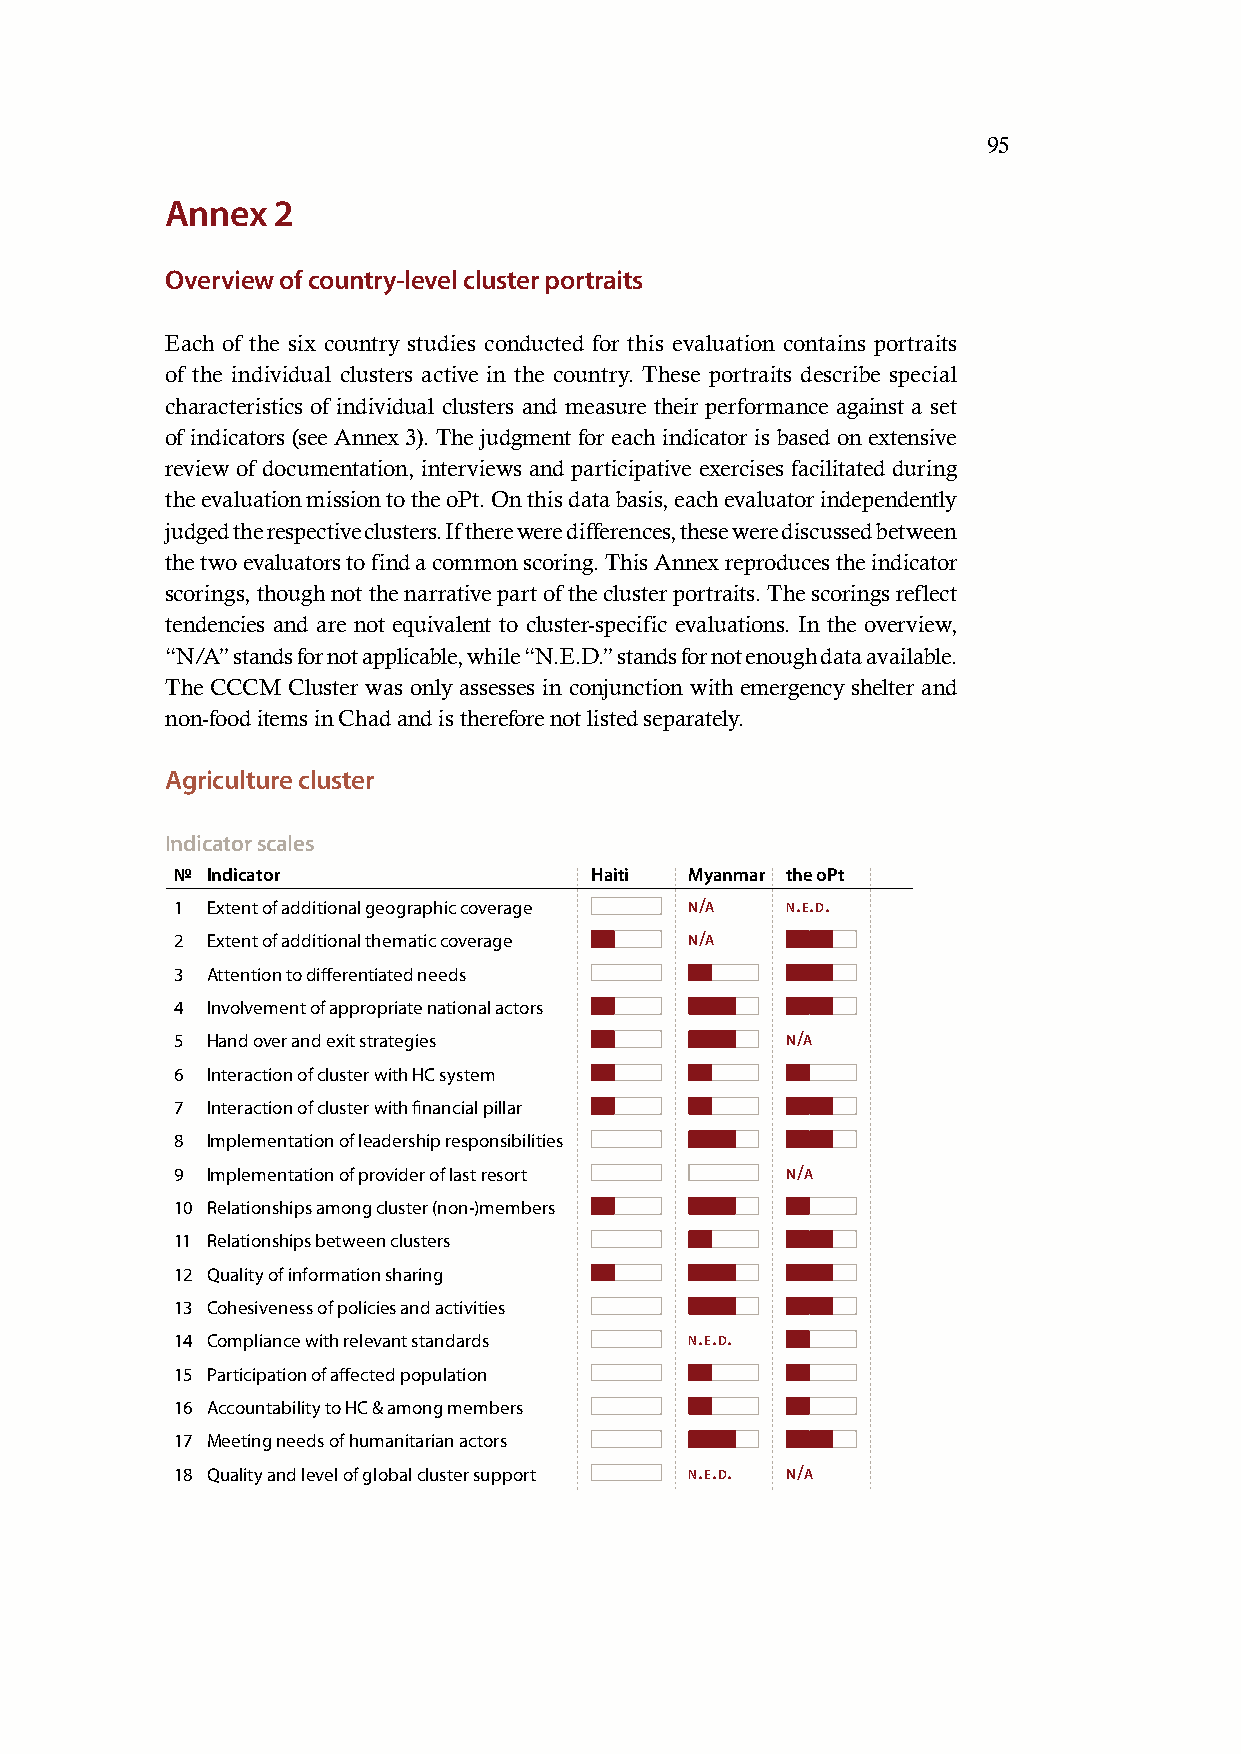
95
 Annex  2
 Overview of country-level cluster portraits
 Each of the six country studies conducted for this evaluation contains portraits
 of the individual clusters active in the country. These portraits describe special
 characteristics of individual clusters and measure their performance against a set
 of indicators (see Annex 3). The judgment for each indicator is based on extensive
 review of documentation, interviews and participative exercises facilitated during
 the evaluation mission to the oPt. On this data basis, each evaluator independently
 judged the respective clusters. If there were differences, these were discussed between
 the two evaluators to find a common scoring. This Annex reproduces the indicator
 scorings, though not the narrative part of the cluster portraits. The scorings reflect
 tendencies and are not equivalent to cluster-specific evaluations. In the overview,
 “N/A” stands for not applicable, while “N.E.D.” stands for not enough data available.
 The CCCM Cluster was only assesses in conjunction with emergency shelter and
 non-food items in Chad and is therefore not listed separately.
 Agriculture cluster
 Indicator scales
 № Indicator                Haiti  Myanmar the oPt
 1 Extent of additional geographic coverage n/a n.e.d.
 2 Extent of additional thematic coverage n/a
 3 Attention to differentiated needs
 4 Involvement of appropriate national actors
 5 Hand over and exit strategies         n/a
 6 Interaction of cluster with HC system
 7 Interaction of cluster with financial pillar
 8 Implementation of leadership responsibilities
 9 Implementation of provider of last resort n/a
 10 Relationships among cluster (non-)members
 11 Relationships between clusters
 12 Quality of information sharing
 13 Cohesiveness of policies and activities
 14 Compliance with relevant standards n.e.d.
 15 Participation of affected population
 16 Accountability to HC & among members
 17 Meeting needs of humanitarian actors
 18 Quality and level of global cluster support n.e.d. n/a